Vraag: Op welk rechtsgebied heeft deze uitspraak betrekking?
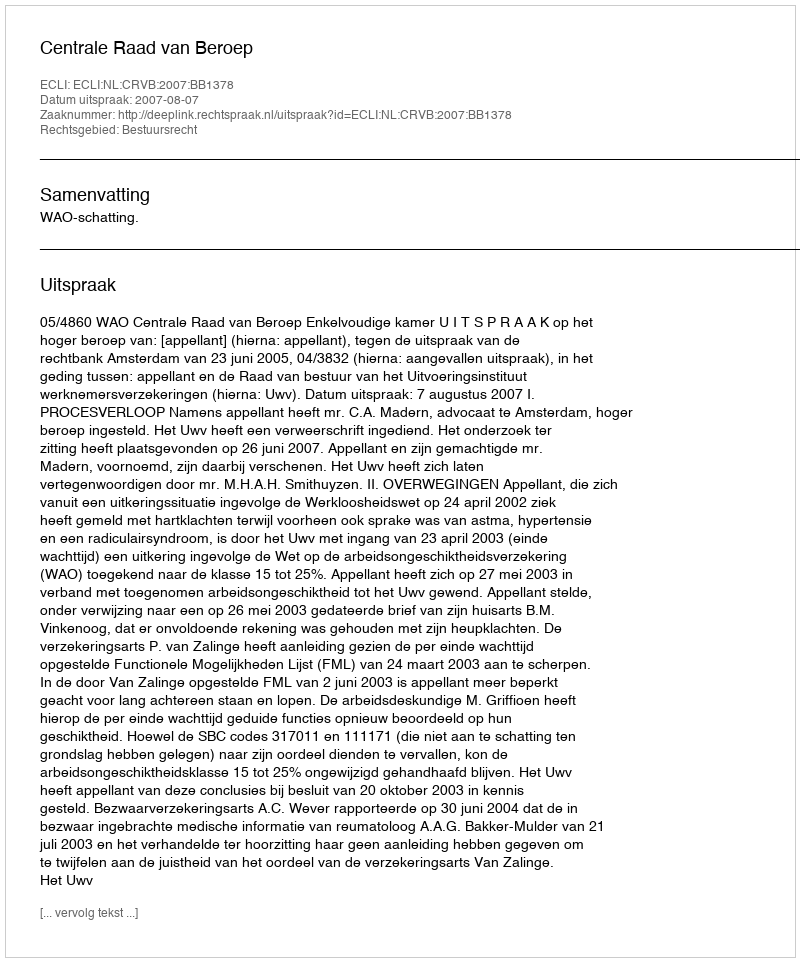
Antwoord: Bestuursrecht